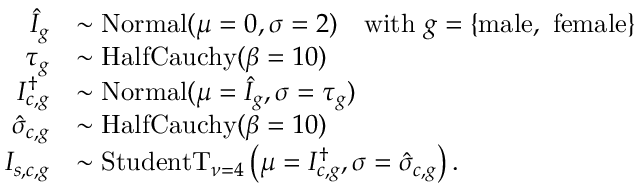
\begin{array} { r l } { \hat { I } _ { g } } & { \sim \mathrm { N o r m a l } ( \mu = 0 , \sigma = 2 ) \quad \mathrm { w i t h ~ } g = \{ \mathrm { m a l e , ~ f e m a l e } \} } \\ { \tau _ { g } } & { \sim \mathrm { H a l f C a u c h y } ( \beta = 1 0 ) } \\ { I _ { c , g } ^ { \dagger } } & { \sim \mathrm { N o r m a l } ( \mu = \hat { I } _ { g } , \sigma = \tau _ { g } ) } \\ { \hat { \sigma } _ { c , g } } & { \sim \mathrm { H a l f C a u c h y } ( \beta = 1 0 ) } \\ { I _ { s , c , g } } & { \sim \mathrm { S t u d e n t T } _ { \nu = 4 } \left( \mu = I _ { c , g } ^ { \dagger } , \sigma = \hat { \sigma } _ { c , g } \right) . } \end{array}